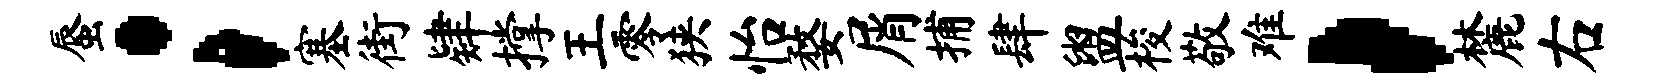
蜃；塞街肄撑王零狭怡婺屑捕肆盥梭敬难，麓右